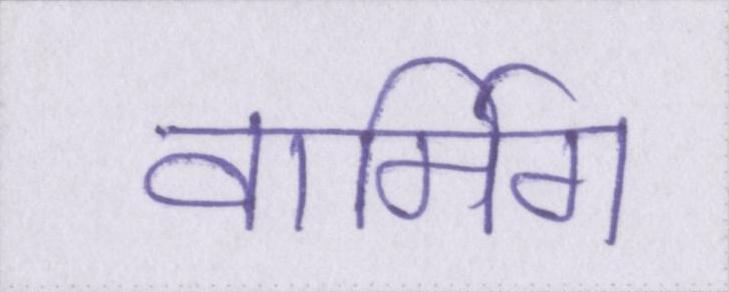
वार्मिग